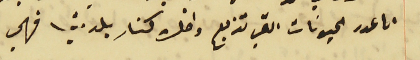
ان عدد الحيونات التي تذبح داخل كنار بلدتي فهي